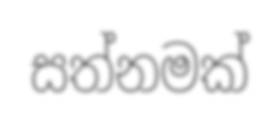
සත්නමක්